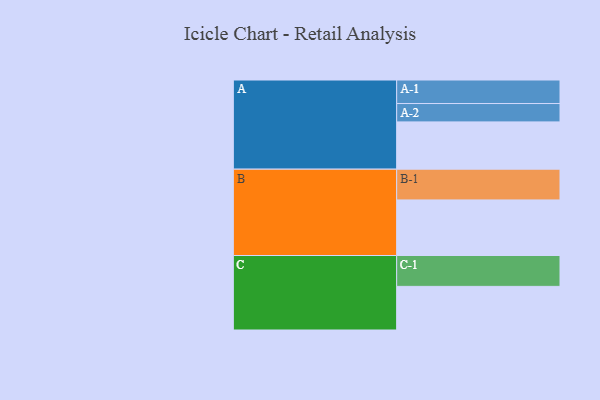
{"axis": {"x": "Segment", "y": "Value"}, "legend": ["", "A", "B", "C"], "data": [{"x": "A", "y": 412, "type": ""}, {"x": "B", "y": 484, "type": ""}, {"x": "C", "y": 380, "type": ""}, {"x": "A-1", "y": 205, "type": "A"}, {"x": "A-2", "y": 160, "type": "A"}, {"x": "B-1", "y": 268, "type": "B"}, {"x": "C-1", "y": 269, "type": "C"}]}